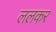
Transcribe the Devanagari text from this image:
ललकर